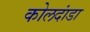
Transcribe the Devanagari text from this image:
कोलदांडा